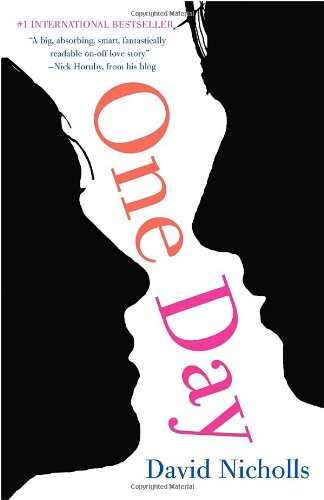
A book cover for One Day (Vintage Contemporaries); David Nicholls; Romance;